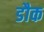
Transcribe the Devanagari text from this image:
डौक